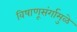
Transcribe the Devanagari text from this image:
विषाणूसंर्गामुळे